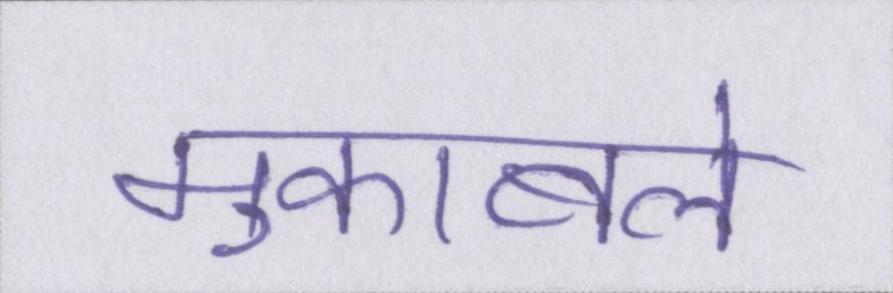
मुकाबले